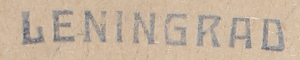
LENINGRAD